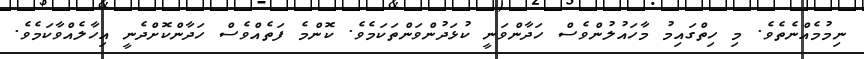
ނިމުމެއްނެތެވެ. މި ހިތްގައިމު މާހައުލުންވެސް ހަދާންވަނީ ކުޅަދުންވަންތަކަމެވެ. ކޮންމެ ފަތެއްވެސް ހަދާންކޮށްދެނީ އިހާލެއްވާކަމެވެ.